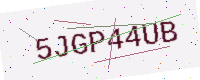
Text: 5JGP44UB